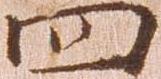
四